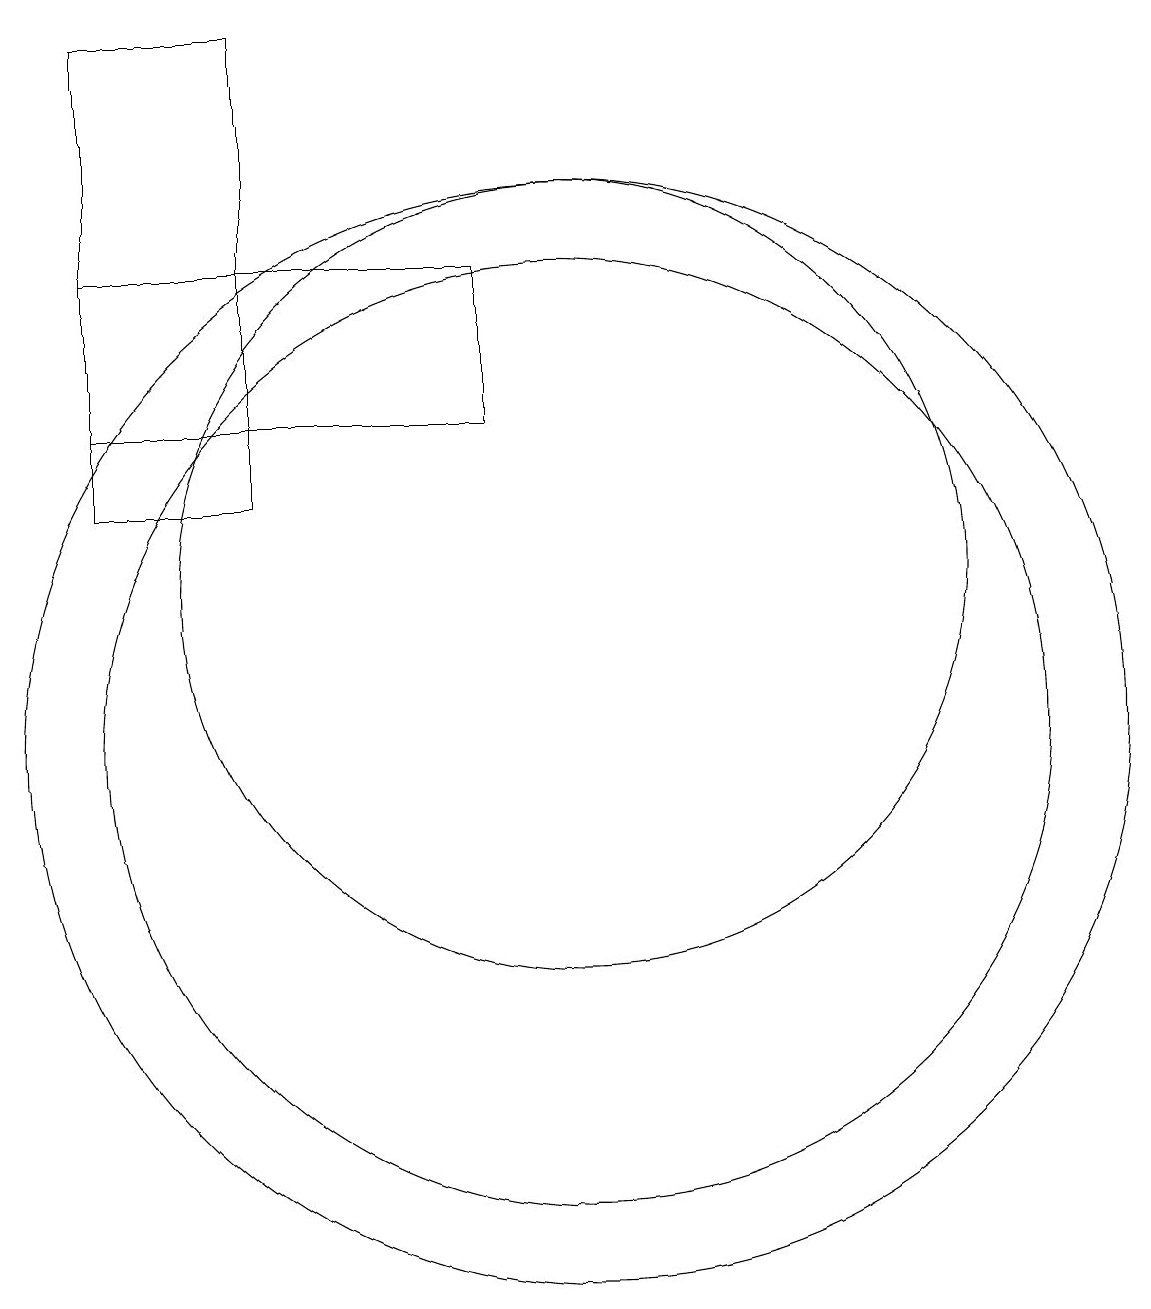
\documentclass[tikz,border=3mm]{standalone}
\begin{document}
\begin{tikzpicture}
\draw (10,10) circle (6);
\draw (4,19) rectangle (6,13);
\draw (10,10) circle (7);
\draw (10,12) circle (5);
\draw (4,14) rectangle (9,16);
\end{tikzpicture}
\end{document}